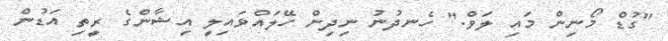
"ގުޑް މޯނިން މައި ލަވް." ހެނދުނު ނިދިން ހޭލައްވައިލީ އިޝާންގެ ރީތި އަޑުން